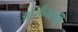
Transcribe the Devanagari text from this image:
ओसीनसची